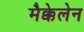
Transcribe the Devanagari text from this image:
मैक्केलेन